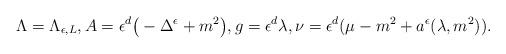
LaTeX: \begin{align*}\Lambda = \Lambda_{\epsilon,L},A = \epsilon^d\big(-\Delta^\epsilon + m^2\big),g = \epsilon^d\lambda,\nu = \epsilon^d(\mu-m^2 + a^\epsilon(\lambda,m^2)).\end{align*}